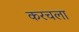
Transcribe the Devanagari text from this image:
करचला